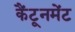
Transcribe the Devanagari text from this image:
कैंटूनमेंट